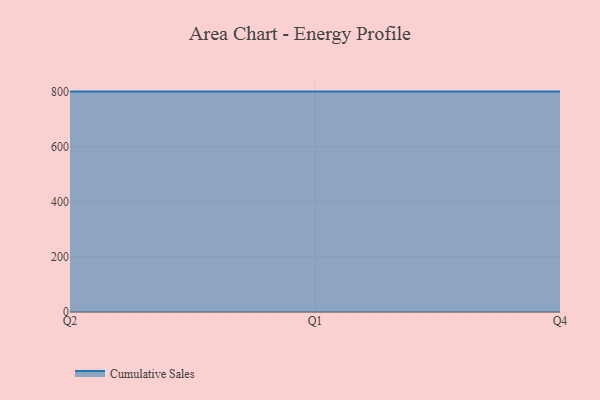
{"axis": {"x": "Quarter", "y": "Temperature (°C)"}, "legend": ["Cumulative Sales"], "data": [{"x": "Q2", "y": 800, "type": "Cumulative Sales"}, {"x": "Q1", "y": 800, "type": "Cumulative Sales"}, {"x": "Q4", "y": 800, "type": "Cumulative Sales"}]}